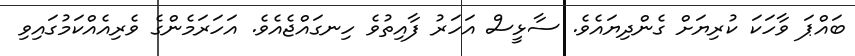
ބައްޕަ ވާހަކަ ކުރިޔަށް ގެންދިޔައެވެ. ސާޅީސް އަހަރު ފާއިތުވެ ހިނގައްޖެއެވެ. އަހަރަމެންގެ ވެރިއެއްކަމުގައިިވި